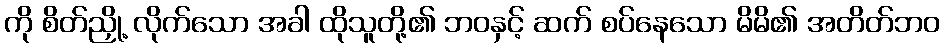
ကို စိတ်ညှို့ လိုက်သော အခါ ထိုသူတို့၏ ဘဝနှင့် ဆက် စပ်နေသော မိမိ၏ အတိတ်ဘဝ